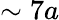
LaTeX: \sim 7a